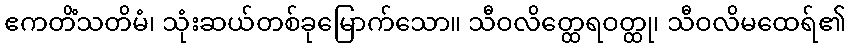
ဧကတိံသတိမံ၊ သုံးဆယ်တစ်ခုမြောက်သော။ သီဝလိတ္ထေရဝတ္ထု၊ သီဝလိမထေရ်၏